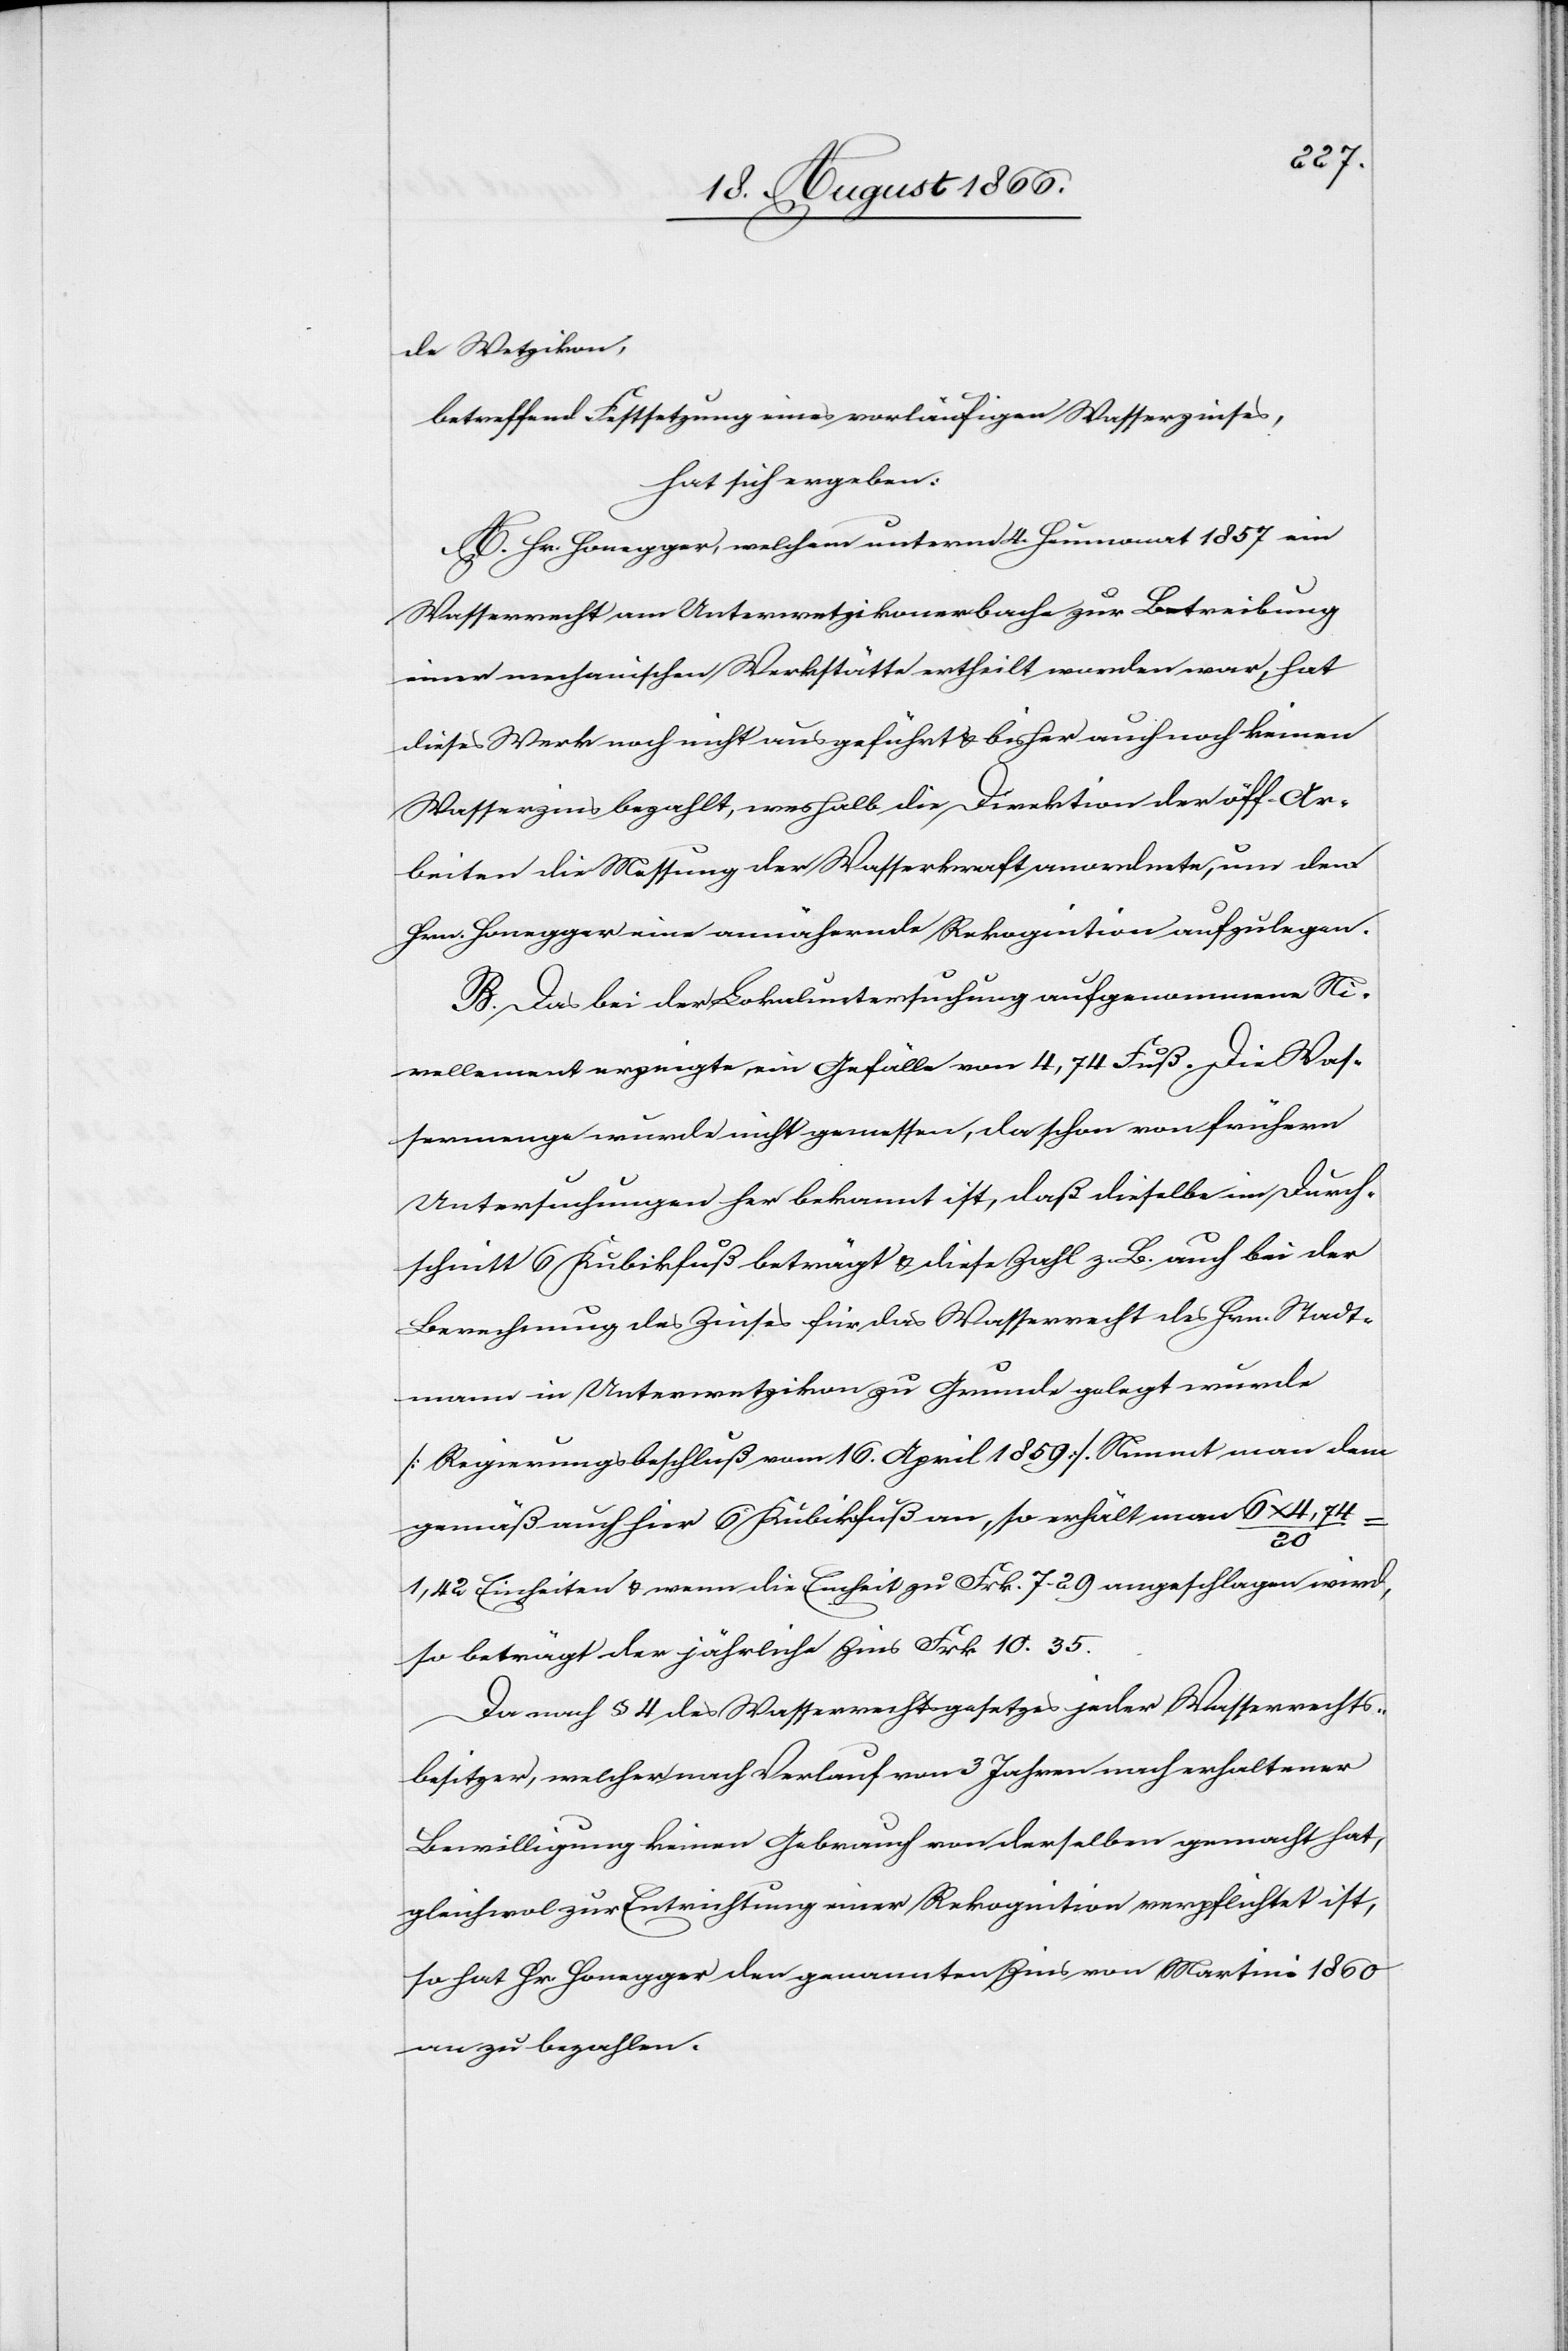
de Wetzikon,
betreffen Festsetzung eines vorläufigen Wasserzinses,
hat sich ergeben:
A. Hr. Honegger, welchem unterm 4. Heumonat 1857 ein
Wasserrecht am Unterwetzikonerbache zur Betreibung
einer mechanischen Werkstätte ertheilt worden war, hat
dieses Werk noch nicht ausgeführt u. bisher auch noch keinen
Wasserzins bezahlt, weshalb die Direktion der öff. Ar¬
beiten die Messung der Wasserkraft anordnete, um dem
Hrn Honegger eine annähernd Reklamation aufzuschlagen.
B. Das bei der Lokaluntersuchung aufgenommene Ni¬
vellement erzeigte ein Gefälle von 4,74 Fuß. Die Was¬
sermenge wurde nicht gemessen, da schon von frühern
Untersuchungen her bekannt ist, daß dieselbe im Durch¬
schnitt 6 Kubikfuß beträgt u. diese Zahl z. B. auch bei der
Berechnung des Zinses für das Wasserrecht des Hrn. Stadt¬
mann in Unterwetzikon zu Grunde gelegt wurde
[Regierungsbeschluß vom 16. April 1859]. Nimmt man dem
gemäß auch hier 6 Kubikfuß an, so erhält man 6 x 7,74
20
1,42 Einheiten u. wenn die Einheit zu Frk. 7,29 angeschlagen wird,
so beträgt der jährliche Zins Frk. 10,35.
Da nach § 4 des Wasserrechtsgesetzes jeder Wasserrechts¬
besitzer, welcher nach Verlauf von 3 Jahren nach erhaltener
Bewilligung keinen Gebrauch von derselben gemacht hat,
gleichwol zur Entrichtung einer Rekognition verpflichtet ist,
so hat Hr. Honegger den genannten Zins von Martini 1860
an zu bezahlen.